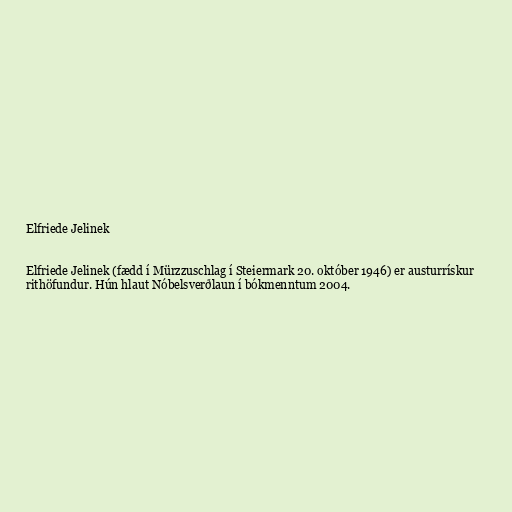
Elfriede Jelinek

Elfriede Jelinek (fædd í Mürzzuschlag í Steiermark 20. október 1946) er austurrískur
rithöfundur. Hún hlaut Nóbelsverðlaun í bókmenntum 2004.